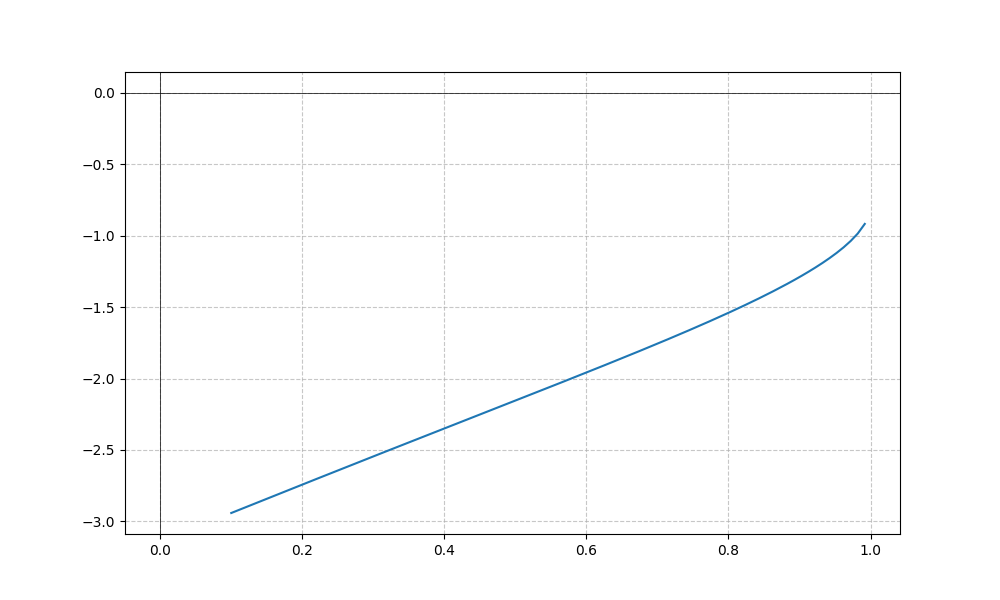
LaTeX formula: - \operatorname{acos}{\left(x \right)} - \operatorname{acot}{\left(x \right)}